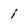
Character: i